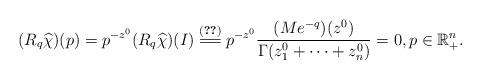
LaTeX: \begin{align*} (R_q \widehat \chi)(p) = p^{-z^0} (R_q \widehat \chi)(I) \overset{\eqref{aux.MqtoRq}}{=\joinrel=} p^{-z^0} \frac{(Me^{-q})(z^0)}{\Gamma(z^0_1+\cdots+z^0_n)} = 0, p \in \mathbb R^n_+.\end{align*}